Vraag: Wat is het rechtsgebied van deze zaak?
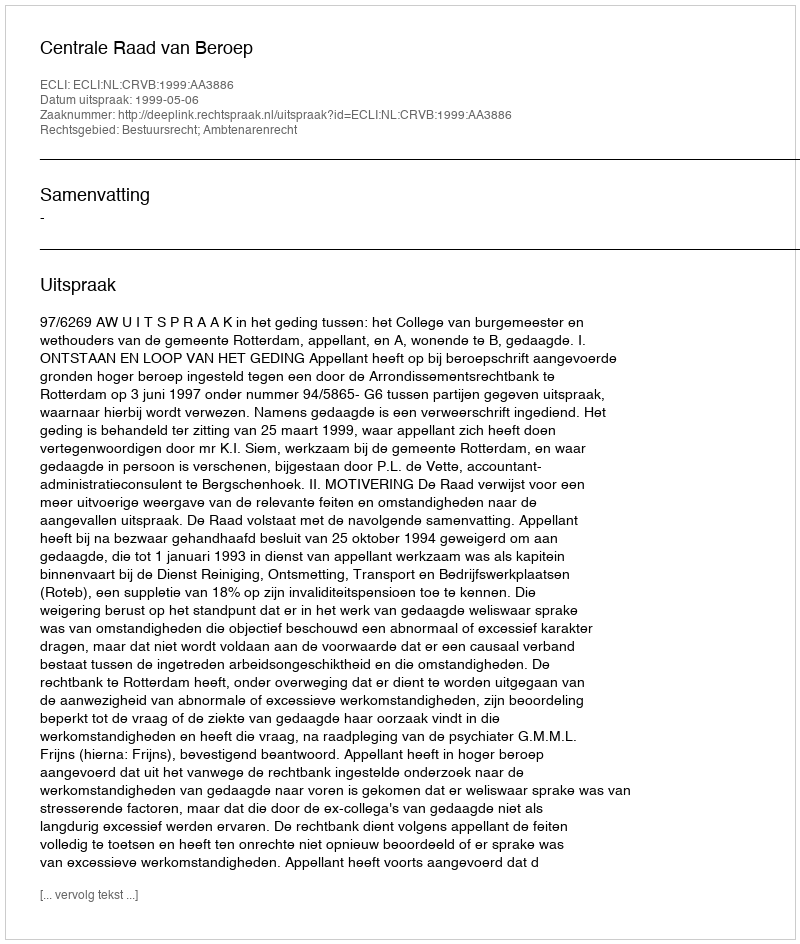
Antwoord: Bestuursrecht; Ambtenarenrecht